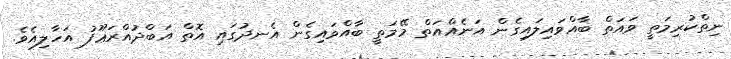
ނިތްކުރިމަތީ ވައަތް ބާއްވައިލައިގެން އަނެއްއަތް މޭމަތީ ބާއްވައިގެން އެނދުގައި އޮތް އަބްދުއްރަޢޫފު އަހާލިއެވެ.